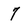
Character: 7